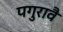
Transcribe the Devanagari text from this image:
पगुरावै